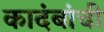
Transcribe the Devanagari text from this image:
कादंबांची